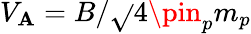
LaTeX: V_{\mathbf{A}}=B/\sqrt{}{{4\pin_{p}m_{p}}}